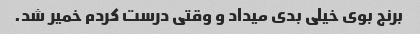
برنج بوی خیلی بدی میداد و وقتی درست کردم خمیر شد.